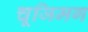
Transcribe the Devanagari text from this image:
चूजिमग